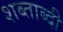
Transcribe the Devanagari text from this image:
शब्ताब्दी